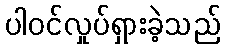
ပါဝင်လှုပ်ရှားခဲ့သည်